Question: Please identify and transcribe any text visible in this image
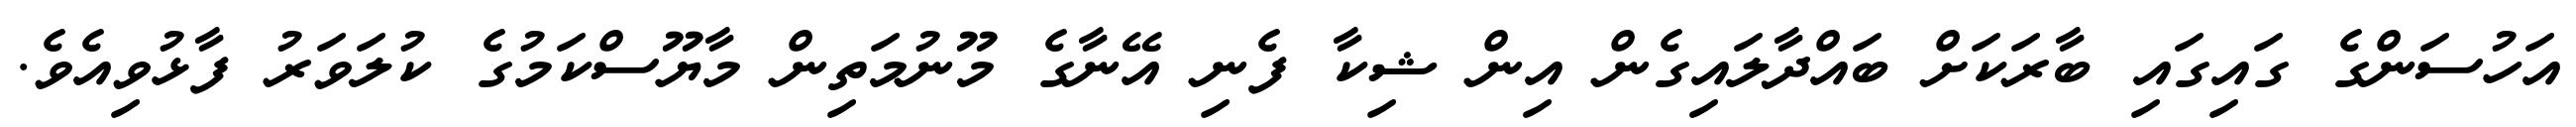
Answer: އަހުސަންގެ ގައިގައި ބާރަކަށް ބައްދާލައިގެން އިން ޝިކާ ފެނި އޭނާގެ މޫނުމަތިން މާޔޫސްކަމުގެ ކުލަވަރު ފާޅުވިއެވެ.